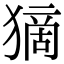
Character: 𤠻